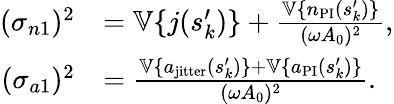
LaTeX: \begin{array}{rl}{(\sigma_{n1})^{2}}&{=\mathbb{V}\{ j(s_{k}^{\prime})\} +\frac{\mathbb{V}\{ n_{\mathrm{PI}}(s_{k}^{\prime})\} }{(\omega A_{0})^{2}},}\\ {(\sigma_{a1})^{2}}&{=\frac{\mathbb{V}\{ a_{\mathrm{jitter}}(s_{k}^{\prime})\} +\mathbb{V}\{ a_{\mathrm{PI}}(s_{k}^{\prime})\} }{(\omega A_{0})^{2}}.}\end{array}